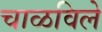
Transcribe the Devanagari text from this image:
चाळविले